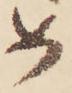
め